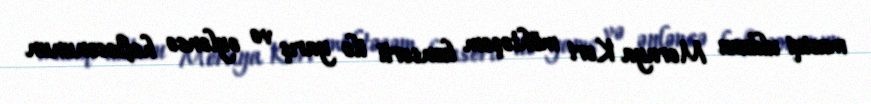
musiqi ulduzu Meraya Keri möhtəşəm konserti ilə yarış və əyləncə həftəsonunun